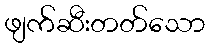
ဖျက်ဆီးတတ်သော